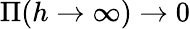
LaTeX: \Pi(h\to\infty)\to 0